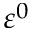
\varepsilon ^ { 0 }